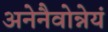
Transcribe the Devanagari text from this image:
अनेनैवोन्नेयं